Relation of titanus [i.e. tetanus] to the hypodermic or intramuscular injection of quinine - Number 43
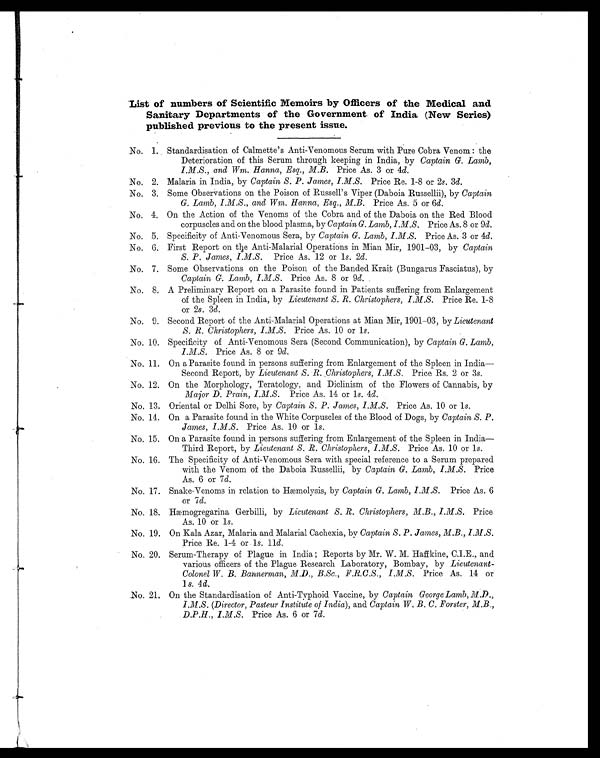
List of numbers of Scientific Memoirs by Officers of the Medical and
Sanitary Departments of the Government. of India (New Series)
published previous to the present issue.
.No. Standardisation of Calmette's Anti-Venomous Serum with Pure Cobra Venom: the
Deterioration of this Serum through keeping in India, by Captain G. Lamb,
I.M.S., and Wm. Hanna, Esq., M.B. Price As. 3 or 4d.
No. 2. Malaria in India, by Captain S. P. James, I.M.S. Price Re. 1-8 or 2s. 3d.
No. 3. Some Observations on the Poison of Russell's Viper (Daboia Russellii), by Captain
G. Lamb, I.M.S., and Wm. Hanna, Esq., M.B. Price As. 5 or 6d .
No. 4. On the Action of the Venoms of the Cobra and of the Daboia on the Red Blood
corpuscles and on the blood plasma, by Captain G. Lamb, I.M.S. . Price As. 8 or 9 d .
No. 5. Specificity of Anti-Venomous Sera, by Captain G. Lamb, I.M.S. Price As. 3 or 4d.
No. 6. First Report on the Anti-Malarial Operations in Mian Mir, 1901–03, by Captain
S. P. James, I.M.S. Price As. 12 or 1 s . 2d .
No. 7. Some Observations on the Poison of the Banded Krait (Bungarus Fasciatus), by
Captain G. Lamb, I.M.S. Price As. 8 or 9 d.
No. 8. A Preliminary Report on a Parasite found in Patients suffering from Enlargement
of the Spleen in India, by Lieutenant 8. R. Christophers, I.M.S . Price Re. 1-8
or 2s. 3d.
No. 9. Second Report of the Anti-Malarial Operations at Mian Mir, 1901—03, by Lieutenant
S. R. Christopher, I.M.S. Price As. 10 or 1s.
No. 10. Specificity of Anti-Venomous Sera (Second Communication), by Captain G. Lamb,
I.M .S. Price As. 8 or 9d .
No. 11. On a Parasite found in persons suffering from Enlargement of the Spleen in India
—Second Report, by Lieutenant S. R.. Christophers, I.M.S. Price Rs. 2 or 3s.
No. 12. On the Morphology, Teratology, and Diclinism of the Flowers of Cannabis, by
Major D. Prain, I.M.S. Price As. 14 or 1 s . 4d.
No. 13. Oriental or Delhi Sore, by Captain S. P. James, I.M.S. Price As. 10 or 1s.
No. 14. On a Parasite found in the White Corpuscles of the Blood of Dogs, by Captain S. P.
James,
I.M.S. Price As. 10 or 1s.
No. 15. On a Parasite found in persons suffering from Enlargement of the Spleen in India
—Third Report, by Lieutenant S. R. Christophers, I.M.S. Price As. 10 or 1s.
No. 16. The Specificity of Anti-Venomous Sera with special reference to a Serum prepared
with the Venom of the Daboia Russellii, by Captain G. Lamb, I.M.S. Price
As. 6 or 7 d.
No. 17. Snake-Venoms in relation to Hæmolysis, by Captain G. Lamb, I.M.S. Price As. 6
or 7 d .
No. 18. Hæmogregarina Gerbilli, by Lieutenant S. R. Christophers, M.B., I.M.S. Price
As. 10 or 1s .
No. 19. On Kala Azar, Malaria and Malarial Cachexia, by Captain S. P. James, M.B., I.M.S.
Price Re. 1-4 or 1 s . 11d .
No. 20. Serum-Therapy of Plague in India; Reports by Mr. W. M. Haffkine, C.I.E., and
various officers of the Plague Research Laboratory, Bombay, by Lieutenant-
Colonel W. B. Bannerman, M.D., B.Sc., F.R.C.S. , I.M.S.
Price As. 14 or 1s .
4 d.
No. 21. On the Standardisation of Anti-Typhoid Vaccine, by Captain George Lamb, M.D
I.M.S. (Director, Pasteur Institute of India ), and Captain W. B. C. Forster ,
M.B., .D.P.H. , I.M.S. Price As. 6 or 7d.